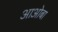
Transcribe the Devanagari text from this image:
आओबा